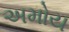
અમોય